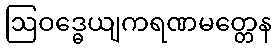
ဩဝဒ္ဓေယျကရဏမတ္တေန